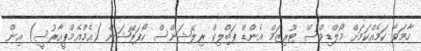
ހާމަވާ ކަމެއްކަމަށް މޯލްޑިވްސް ޓޫރިޒަމް އެންޑް ޕަބްލިކް ރިލޭޝަންސް ކޯޕަރޭޝަން (އެމްއެމްޕީއާރުސީ) އިން